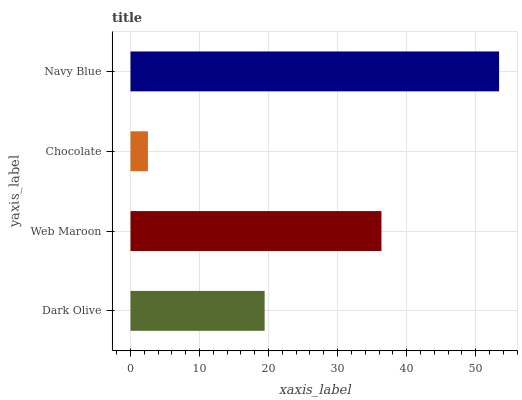
| yaxis_label | bars |
 | --- | --- |
 | Dark Olive | 19.4 |
 | Web Maroon | 36.4 |
 | Chocolate | 2.52 |
 | Navy Blue | 53.4 |